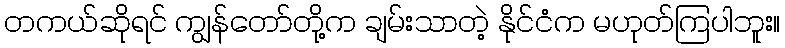
တကယ်ဆိုရင် ကျွန်တော်တို့က ချမ်းသာတဲ့ နိုင်ငံက မဟုတ်ကြပါဘူး။